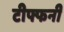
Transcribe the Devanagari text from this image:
टीफ्फनी